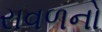
રાવળનો